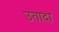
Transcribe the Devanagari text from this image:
उतादा